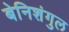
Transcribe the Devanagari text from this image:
बेनिशंगुल